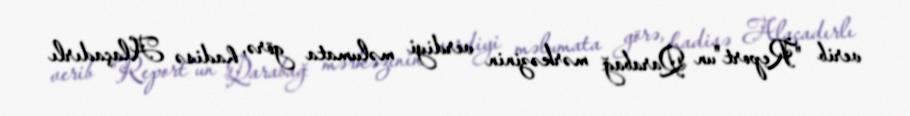
verib "Report"un Qarabağ mərkəzinin verdiyi məlumata görə, hadisə Alaçadırlı